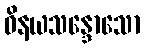
ဝိနယသန္ဒောသော